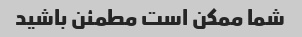
شما ممکن است مطمئن باشید